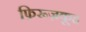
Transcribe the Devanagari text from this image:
फ़िरूज़कूह